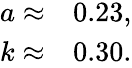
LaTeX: \begin{array}{ll}{a\approx}&{0.23,}\\ {k\approx}&{0.30.}\end{array}